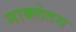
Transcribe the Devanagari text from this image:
नाक्लेतस